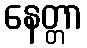
နေတ္တာ